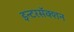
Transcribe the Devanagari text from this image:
इन्टरसॅक्शन